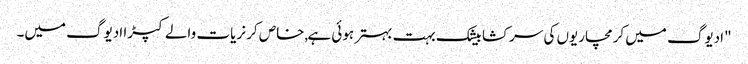
"ادیوگ میں کرمچاریوں کی سرکشا بیشک بہت بہتر ہوئی ہے,خاص کر نریات والے کپڑا ادیوگ میں۔